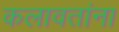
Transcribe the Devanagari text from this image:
कलावतांना